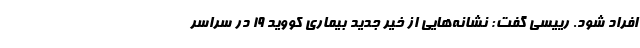
افراد شود. رییسی گفت: نشانه‌هایی از خیر جدید بیماری کووید ۱۹ در سراسر